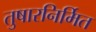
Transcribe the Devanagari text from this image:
तुषारनिर्मित